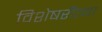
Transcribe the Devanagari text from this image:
विशेषरीत्या